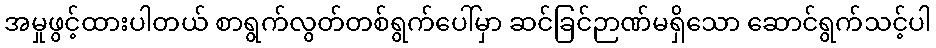
အမှုဖွင့်ထားပါတယ် စာရွက်လွတ်တစ်ရွက်ပေါ်မှာ ဆင်ခြင်ဉာဏ်မရှိသော ဆောင်ရွက်သင့်ပါ